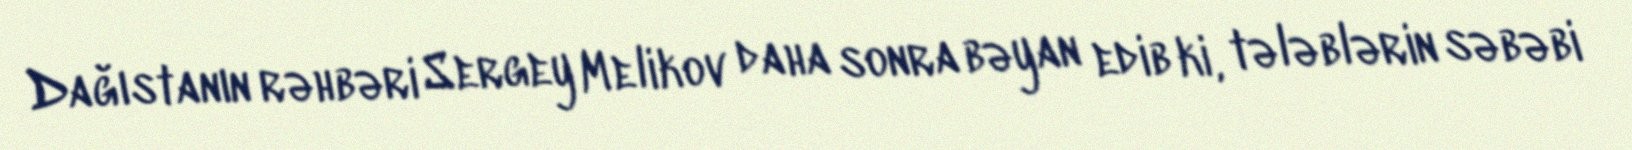
Dağıstanın rəhbəri Sergey Melikov daha sonra bəyan edib ki, tələblərin səbəbi